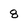
Character: 8